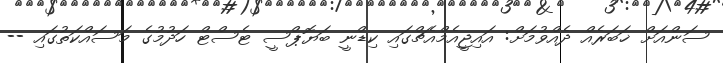
ސަންއަށް ޚަބަރެއް ދެއްވުމަށް: އައިޖީއެމްއެޗްގައި ކިޑްނީ ބަޔޮޕްސީ ޓެސްޓް ހަދުމުގެ މަސައްކަތުގައި --